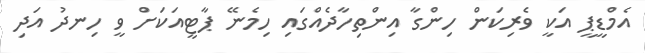
އެމްޑީޕީ އަކީ ވެރިކަން ހިންގާ އިންތިހާދެއްގައި ހިމެނޭ ޕާޓީއަކަށް ވީ ހިނދު އަދި